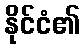
နိုင်ငံ၏